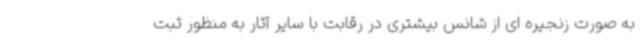
به صورت زنجیره ای از شانس بیشتری در رقابت با سایر آثار به منظور ثبت